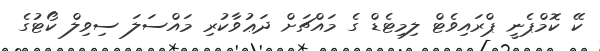
ކޭ ކޮމްޕެނީ ޕްރައިވެޓް ލިމިޓެޑް ގެ މައްޗަށް ދަޢުވާކުރި މައްސަލަ ސިވިލް ކޯޓުގެ